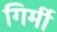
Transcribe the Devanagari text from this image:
गिर्मी